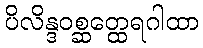
ပိလိန္ဒဝစ္ဆတ္ထေရဂါထာ